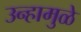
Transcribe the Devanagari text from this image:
उन्हामुळे